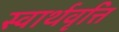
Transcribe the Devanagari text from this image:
स्वार्थवृत्ति